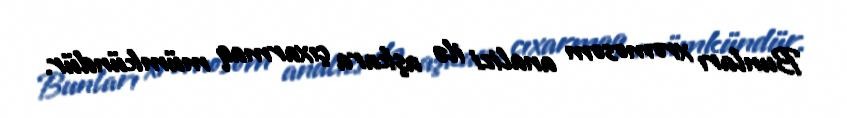
Bunları xromosom analizi ilə aşkara çıxarmaq mümkündür.